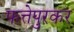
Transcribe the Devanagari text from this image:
फत्तेपुरकर